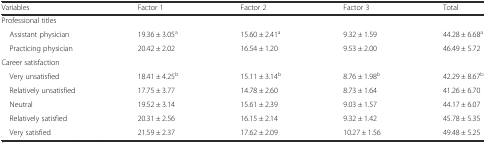
| Variables | Factor 1 | Factor 2 | Factor 3 | Total |
 | --- | --- | --- | --- | --- |
 | <COLSPAN=5> Professional titles |
 | Assistant physician | 19.36 ± 3.05a | 15.60 ± 2.41a | 9.32 ± 1.59 | 44.28 ± 6.68a |
 | Practicing physician | 20.42 ± 2.02 | 16.54 ± 1.20 | 9.53 ± 2.00 | 46.49 ± 5.72 |
 | <COLSPAN=5> Career satisfaction |
 | Very unsatisfied | 18.41 ± 4.25b | 15.11 ± 3.14b | 8.76 ± 1.98b | 42.29 ± 8.67b |
 | Relatively unsatisfied | 17.75 ± 3.77 | 14.78 ± 2.60 | 8.73 ± 1.64 | 41.26 ± 6.70 |
 | Neutral | 19.52 ± 3.14 | 15.61 ± 2.39 | 9.03 ± 1.57 | 44.17 ± 6.07 |
 | Relatively satisfied | 20.31 ± 2.56 | 16.15 ± 2.14 | 9.32 ± 1.42 | 45.78 ± 5.35 |
 | Very satisfied | 21.59 ± 2.37 | 17.62 ± 2.09 | 10.27 ± 1.56 | 49.48 ± 5.25 |